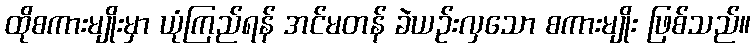
ထိုစကားမျိုးမှာ ယုံကြည်ရန် အင်မတန် ခဲယဉ်းလှသော စကားမျိုး ဖြစ်သည်။